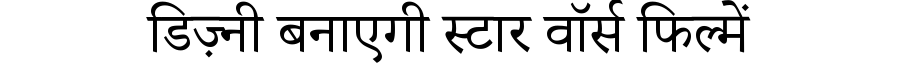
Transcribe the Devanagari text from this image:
डिज़्नी बनाएगी स्टार वॉर्स फिल्में